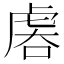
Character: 𧆱